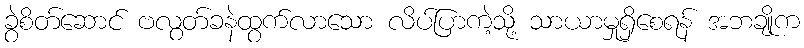
ခွဲစိတ်ဆောင် ဗလွတ်ခနဲထွက်လာသော လိပ်ပြာကဲ့သို့ သာယာမှုရှိစေရန် အဘချိုက